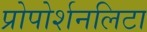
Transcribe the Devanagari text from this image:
प्रोपोर्शनलिटा